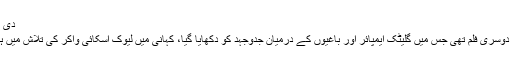
دی ایمپائر اسٹرائیکس بیک، 1980 (The Empire Strikes Back)
دی ایمپائر اسٹرائیک بیک اسٹار وارز سیریز کی پہلی ٹرائی لوجی کی دوسری فلم تھی جس میں گلیٹک ایمپائر اور باغیوں کے درمیان جدوجہد کو دکھایا گیا، کہانی میں لیوک اسکائی واکر کی تلاش میں ہان سولو کے ساتھ پیش آنے والے واقعات لوگوں کے دلوں کو بھاگئے۔